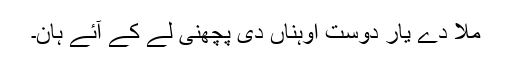
مُلا دے یار دوست اوہناں دی پچھنی لے کے آئے ہان۔